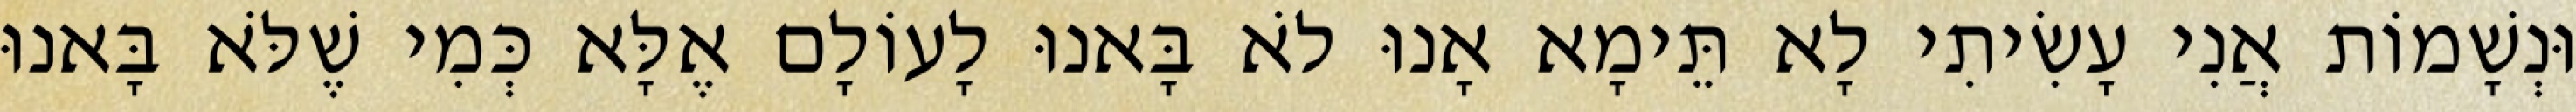
וּנְשָׁמוֹת אֲנִי עָשִׂיתִי לָא תֵּימָא אָנוּ לֹא בָּאנוּ לָעוֹלָם אֶלָּא כְּמִי שֶׁלֹּא בָּאנוּ